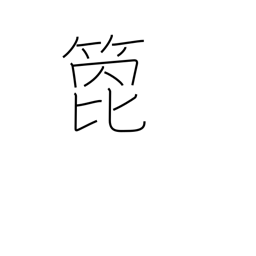
Meaning: arrow shaft